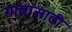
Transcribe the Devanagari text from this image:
गावांसाठी